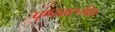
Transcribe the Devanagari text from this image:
पुष्पप्रारूपिक